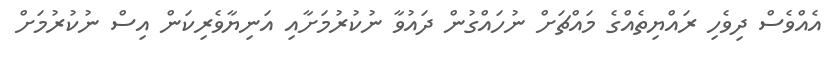
އެއްވެސް ދިވެހި ރައްޔިތެއްގެ މައްޗަށް ނުހައްގުން ދައުވާ ނުކުރުމަށާއި އަނިޔާވެރިކަން އިސް ނުކުރުމަށް